Calcutta medical institutions reports 1879-81 [i.e.91]
Year: 1879
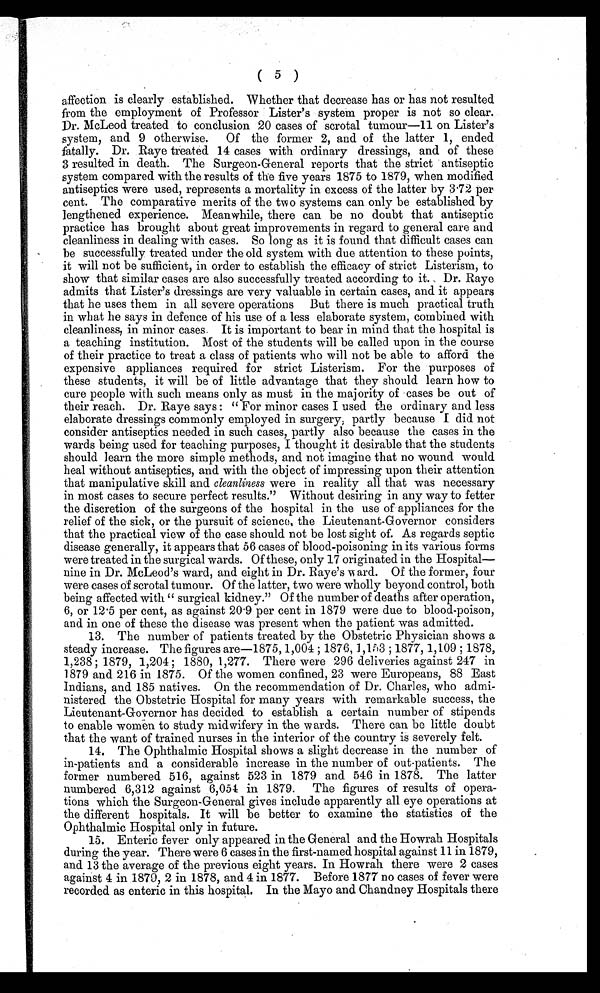
(5)
affection is clearly established. Whether that decrease has or has not resulted
from the employment of Professor Lister's system proper is not so clear.
Dr. McLeod treated to conclusion 20 cases of scrotal tumour—11 on Lister's
system, and 9 otherwise. Of the former 2, and of the latter 1, ended
fatally. Dr. Raye treated 14 cases with ordinary dressings, and of these
3 resulted in death. The Surgeon-General reports that the strict antiseptic
system compared with the results of the five years 1875 to 1879, when modified
antiseptics were used, represents a mortality in excess of the latter by 3.72 per
cent. The comparative merits of the two systems can only be established by
lengthened experience. Meanwhile, there can be no doubt that antiseptic
practice has brought about great improvements in regard to general care and
cleanliness in dealing with cases. So long as it is found that difficult cases can
be successfully treated under the old system with due attention to these points,
it will not be sufficient, in order to establish the efficacy of strict Listerism, to
show that similar cases are also successfully treated according to it. Dr. Raye
admits that Lister's dressings are very valuable in certain cases, and it appears
that he uses them in all severe operations But there is much practical truth
in what he says in defence of his use of a less elaborate system, combined with
cleanliness, in minor cases. It is important to bear in mind that the hospital is
a teaching institution. Most of the students will be called upon in the course
of their practice to treat a class of patients who will not be able to afford the
expensive appliances required for strict Listerism. For the purposes of
these students, it will be of little advantage that they should learn how to
cure people with such means only as must in the majority of cases be out of
their reach. Dr. Raye says: "For minor cases I used the ordinary and less
elaborate dressings commonly employed in surgery partly because I did not
consider antiseptics needed in such cases, partly also because the cases in the
wards being used for teaching purposes, I thought it desirable that the students
should learn the more simple methods, and not imagine that no wound would
heal without antiseptics, and with the object of impressing upon their attention
that manipulative skill and cleanliness were in reality all that was necessary
in most cases to secure perfect results." Without desiring in any way to fetter
the discretion of the surgeons of the hospital in the use of appliances for the
relief of the sick, or the pursuit of science, the Lieutenant-Governor considers
that the practical view of the case should not be lost sight of. As regards septic
disease generally, it appears that 56 cases of blood-poisoning in its various forms
were treated in the surgical wards. Of these, only 17 originated in the Hospital
— n i n e i n D r . M c L e o d ' s w a r d , a n d e i g h t i n D r . R a y e ' s w a r d . O f t h e f o r m e r , f o u r
were cases of scrotal tumour. Of the latter, two were wholly beyond control, both
being affected with "surgical kidney." Of the number of deaths after operation,
6, or 12.5 per cent, as against 20.9 per cent in 1879 were due to blood-poison,
and in one of these the disease was present when the patient was admitted.
13. The number of patients treated by the Obstetric Physician shows a
steady increase. The figures are—1875,1,004; 1876, 1,153; 1877, 1,109; 1878,
1,238; 1879, 1,204; 1880, 1,277. There were 296 deliveries against 247 in
1879 and 216 in 1875. Of the women confined, 23 were Europeans, 88 East
Indians, and 185 natives. On the recommendation of Dr. Charles, who admi
-nistered the Obstetric Hospital for many years with remarkable success, the
Lieutenant-Governor has decided to establish a certain number of stipends
to enable women to study midwifery in the wards. There can be little doubt
that the want of trained nurses in the interior of the country is severely felt.
14. The Ophthalmic Hospital shows a slight decrease in the number of
in-patients and a considerable increase in the number of out-patients. The
former numbered 516, against 523 in 1879 and 546 in 1878. The latter
numbered 6,312 against 6,054 in 1879. The figures of results of opera
-tions which the Surgeon-General gives include apparently all eye operations at
the different hospitals. It will be better to examine the statistics of the
Ophthalmic Hospital only in future.
15. Enteric fever only appeared in the General and the Howrah Hospitals
during the year. There were 6 cases in the first-named hospital against 11 in 1879,
and 13 the average of the previous eight years. In Howrah there were 2 cases
against 4 in 1879, 2 in 1878, and 4 in 1877. Before 1877 no cases of fever were
recorded as enteric in this hospital. In the Mayo and Chandney Hospitals there